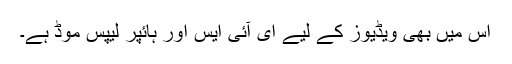
اس میں بھی ویڈیوز کے لیے ای آئی ایس اور ہائپر لیپس موڈ ہے۔